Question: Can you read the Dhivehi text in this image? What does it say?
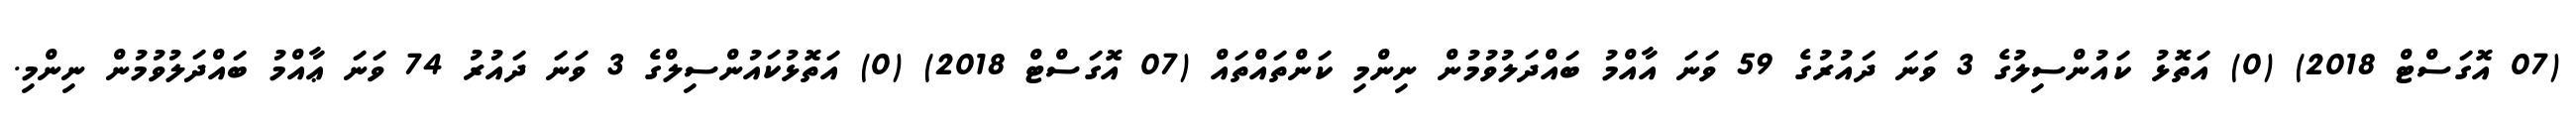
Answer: (07 އޮގަސްޓް 2018) (0) އަތޮޅު ކައުންސިލުގެ 3 ވަނަ ދައުރުގެ 59 ވަނަ އާއްމު ބައްދަލުވުމުން ނިންމި ކަންތައްތައް (07 އޮގަސްޓް 2018) (0) އަތޮޅުކައުންސިލްގެ 3 ވަނަ ދައުރު 74 ވަނަ ޢާއްމު ބައްދަލުވުމުން ނިންމި.